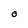
Character: O